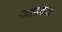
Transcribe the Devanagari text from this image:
व्यायकेश